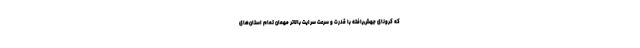
که کرونای جهش‌یافته با قدرت و سرعت سرایت بالاتر مهمان تمام استان‌های